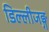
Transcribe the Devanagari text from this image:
डिल्लीजङ्ग